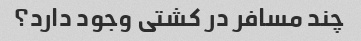
چند مسافر در کشتی وجود دارد؟